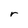
Character: r